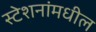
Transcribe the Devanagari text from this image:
स्टेशनांमधील